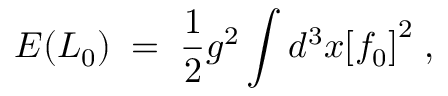
E ( L _ { 0 } ) \; = \; \frac { 1 } { 2 } g ^ { 2 } \int d ^ { 3 } x { [ f _ { 0 } ] } ^ { 2 } \; ,